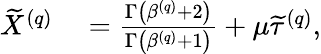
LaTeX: \begin{array}{rl}{\widetilde{X}^{\left(q\right)}}&{{}=\frac{\Gamma\left(\beta^{\left(q\right)}+2\right)}{\Gamma\left(\beta^{\left(q\right)}+1\right)}+\mu\widetilde{\tau}^{\left(q\right)},}\end{array}